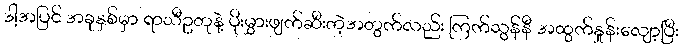
ဒါ့အပြင် အခုနှစ်မှာ ရာသီဥတုနဲ့ ပိုးမွှားဖျက်ဆီးတဲ့အတွက်လည်း ကြက်သွန်နီ အထွက်နှုန်းလျော့ပြီး